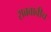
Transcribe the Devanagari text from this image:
राबवावीच